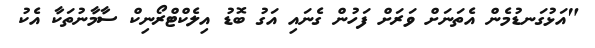
"އަޅުގަނޑުމެން އެތަނަށް ވަރަށް ފަހުން ގެނައި އަގު ބޮޑު އިލެކްޓްރޯނިކް ސާމާނުތަކާ އެކު